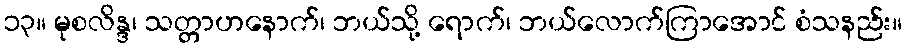
၁၃။ မုစလိန္ဒ၊ သတ္တာဟနောက်၊ ဘယ်သို့ ရောက်၊ ဘယ်လောက်ကြာအောင် စံသနည်း။